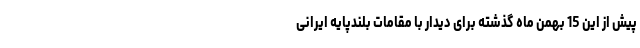
پیش از این 15 بهمن ماه گذشته برای دیدار با مقامات بلندپایه ایرانی